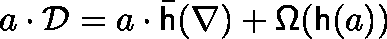
a \cdot { \mathcal { D } } = a \cdot { \bar { \mathsf { h } } } ( \nabla ) + { \mathsf { \Omega } } ( { \mathsf { h } } ( a ) )